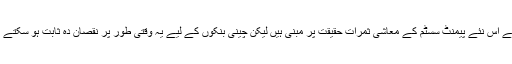
o چین کے اس نئے پیمنٹ سسٹم کے معاشی ثمرات حقیقت پر مبنی ہیں لیکن چینی بنکوں کے لیے یہ وقتی طور پر نقصان دہ ثابت ہو سکتے ہیں۔